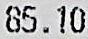
85.10